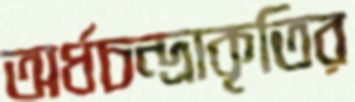
অর্ধচন্দ্রাকৃতির